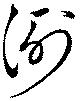
洌